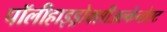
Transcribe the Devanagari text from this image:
पॉलीहाइड्रोक्सीअल्केनोएट